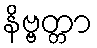
နိဗ္ဗတ္တာ